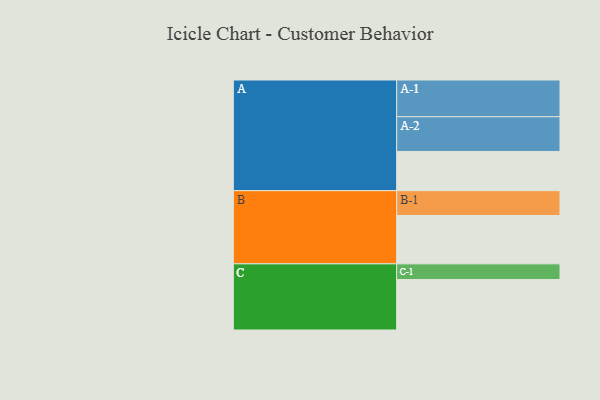
{"axis": {"x": "Segment", "y": "Value"}, "legend": ["", "A", "B", "C"], "data": [{"x": "A", "y": 317, "type": ""}, {"x": "B", "y": 391, "type": ""}, {"x": "C", "y": 408, "type": ""}, {"x": "A-1", "y": 297, "type": "A"}, {"x": "A-2", "y": 281, "type": "A"}, {"x": "B-1", "y": 201, "type": "B"}, {"x": "C-1", "y": 127, "type": "C"}]}